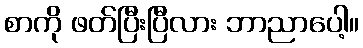
စာကို ဖတ်ပြီးပြီလား ဘာညာပေါ့။